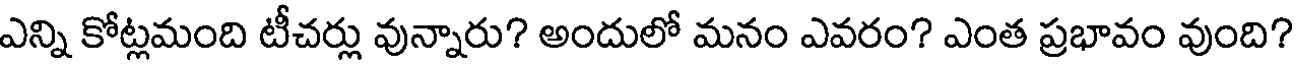
ఎన్ని కోట్లమంది టీచర్లు వున్నారు? అందులో మనం ఎవరం? ఎంత ప్రభావం వుంది?